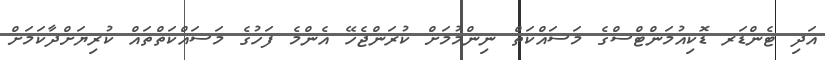
އަދި ޓެންޑަރ ޑޮކިއުމަންޓްސްގެ މަސައްކަތް ނިންމުމަށް ކުރަންޖެހޭ އެންމެ ފަހުގެ މަސައްކަތްތައް ކުރިޔަށްދާކަމަށް